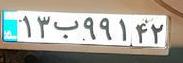
۱۳ب۹۹۱۴۲